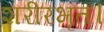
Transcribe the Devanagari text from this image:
शरीरभृत।